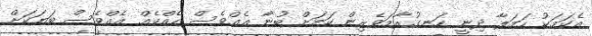
އެކަމަކު ހަމަލާ ދިނީ ހަނގުރާމަވެެރިން ކަމަށް ބުނާ އެއްވެސް ހެއްކެއް އެއްވެސް ބަޔަކަށް